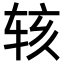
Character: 𬨇